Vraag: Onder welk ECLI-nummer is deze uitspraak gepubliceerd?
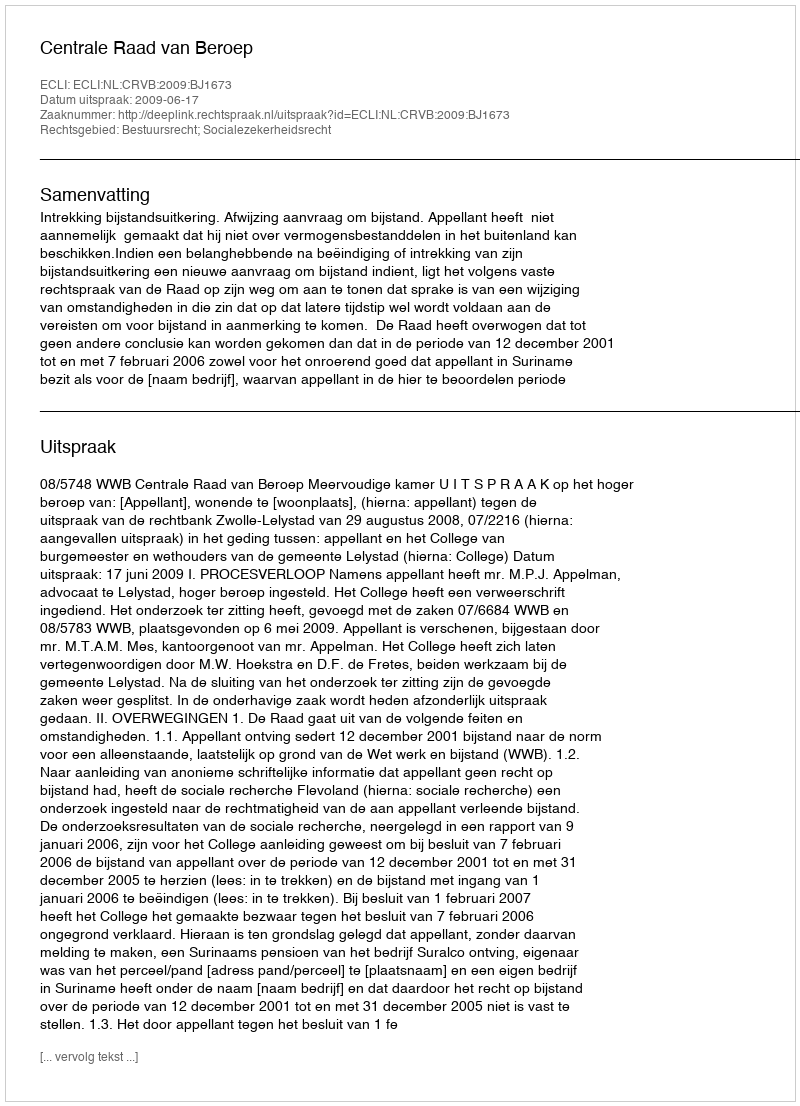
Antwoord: ECLI:NL:CRVB:2009:BJ1673